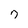
Character: 7